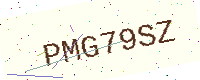
Text: PMG79SZ